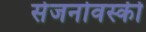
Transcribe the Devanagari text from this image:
सेजनोवस्की